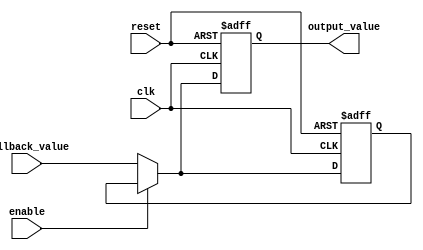
module Fallback_Bypass_Register (
    input clk,
    input reset,
    input enable,
    input [7:0] fallback_value,
    output reg [7:0] output_value
);

reg [7:0] stored_value;

always @ (posedge clk or posedge reset) begin
    if (reset) begin
        output_value <= 8'h00; // Reset output value to 0
        stored_value <= 8'h00; // Reset stored value to 0
    end else if (enable) begin
        output_value <= stored_value;
    end else begin
        output_value <= fallback_value;
        stored_value <= fallback_value;
    end
end

endmodule